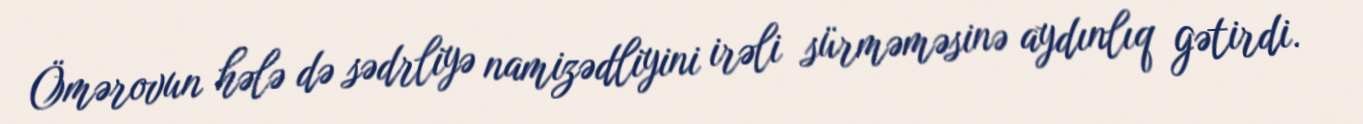
Ömərovun hələ də sədrliyə namizədliyini irəli sürməməsinə aydınlıq gətirdi.